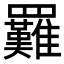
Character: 𦍀